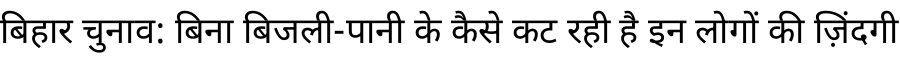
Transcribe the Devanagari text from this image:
बिहार चुनाव: बिना बिजली-पानी के कैसे कट रही है इन लोगों की ज़िंदगी